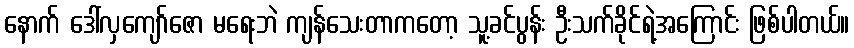
နောက် ဒေါ်လှကျော်ဇော မရေးဘဲ ကျန်သေးတာကတော့ သူ့ခင်ပွန်း ဦးသက်ခိုင်ရဲ့အကြောင်း ဖြစ်ပါတယ်။